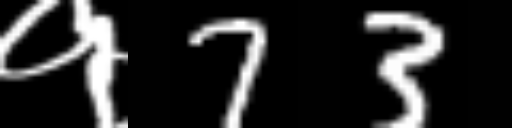
Text: १73